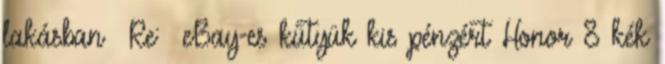
lakásban Re: eBay-es kütyük kis pénzért Honor 8 kék